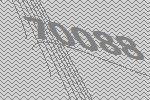
70088